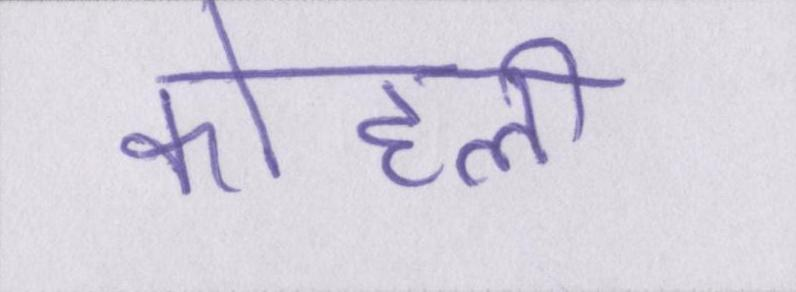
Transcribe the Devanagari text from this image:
कोहली